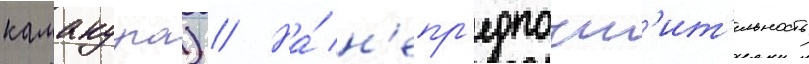
камакура) // На́ н'епр'едпочт'ит'ельность